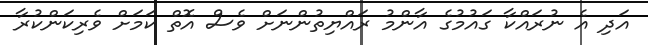
އަދި އެ ނުރައްކާ ގައުމުގެ އާންމު ރައްޔިތުންނަށް ވެސް އޮތް ކަމަށް ވެރިކަންކުރާ